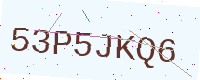
Text: 53P5JKQ6